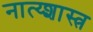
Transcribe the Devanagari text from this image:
नात्य्शास्त्र